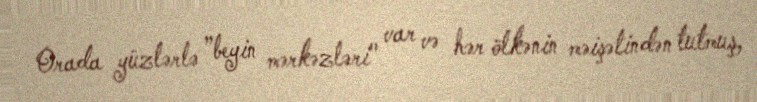
Orada yüzlərlə ”beyin mərkəzləri" var və hər ölkənin məişətindən tutmuş,